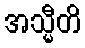
အသ္မီတိ